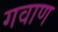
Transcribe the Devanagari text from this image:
गवाण